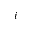
i